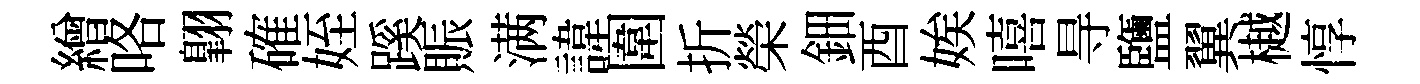
繒咯翺確姪蹊賑满諱圍折榮鈿酉娭嘻㝵鹽翼樾惇